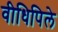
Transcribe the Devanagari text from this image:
वीधिपिले